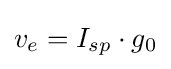
v_{e}=I_{sp}\cdot g_{0}